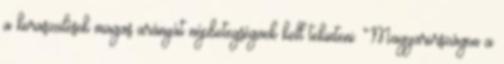
a koraszülések magas arányát népbetegségnek kell tekinteni. Magyarországon a